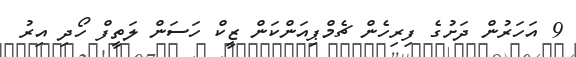
9 އަހަރުން ދަށުގެ ފިރިހެން ޗެމްޕިއަންކަން ޒީކް ހަސަން ލަތީފް ހޯދި އިރު